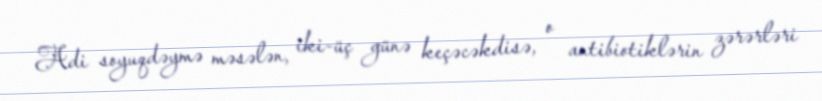
Adi soyuqdəymə məsələn, iki-üç günə keçəcəkdisə, o antibiotiklərin zərərləri